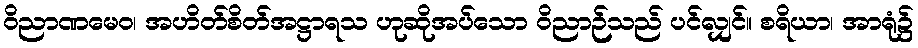
ဝိညာဏမေဝ၊ အဟိတ်စိတ်အဋ္ဌာရသ ဟုဆိုအပ်သော ဝိညာဉ်သည် ပင်လျှင်။ စရိယာ၊ အာရုံ၌